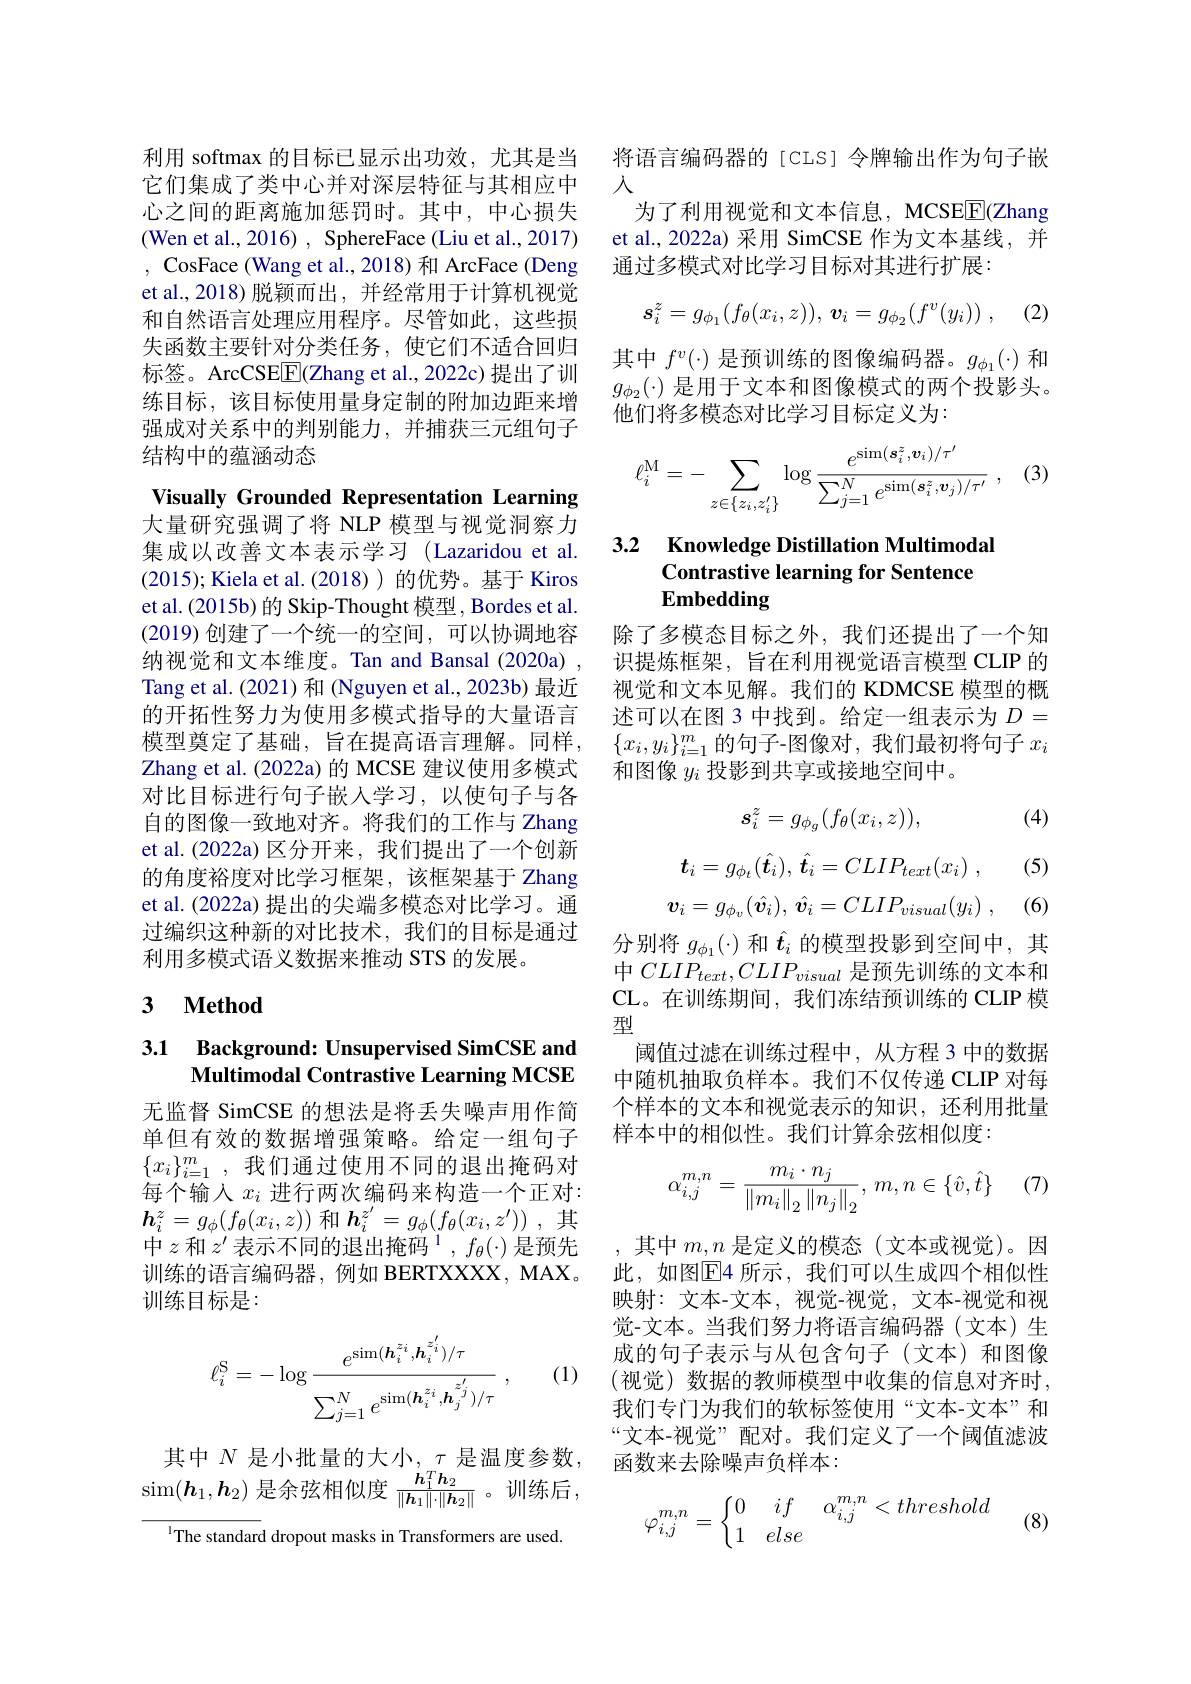
利用 softmax 的目标已显示出功效，尤其是当它们集成了类中心并对深层特征与其相应中心之间的距离施加惩罚时。其中，中心损失(Wen et al., 2016) , SphereFace (Liu et al., 2017) , CosFace (Wang et al., 2018) 和 ArcFace (Deng et al.,2018)脱颖而出，并经常用于计算机视觉和自然语言处理应用程序。尽管如此，这些损失函数主要针对分类任务，使它们不适合回归标签。ArcCSE$\boxed{\mathrm{F}}($Zhang et al.,2022c)提出了训练目标，该目标使用量身定制的附加边距来增强成对关系中的判别能力，并捕获三元组句子结构中的蕴涵动态

Visually Grounded Representation Learning 大量研究强调了将 NLP 模型与视觉洞察力集成以改善文本表示学习 (Lazaridou et al. (2015);Kiela et al.(2018) )的优势。基于 Kiros et al. (2015b) 的 Skip-Thought 模型，Bordes et al. (2019)创建了一个统一的空间，可以协调地容纳视觉和文本维度。Tan and Bansal (2020a) , Tang et al. (2021) 和 (Nguyen et al., 2023b) 最近的开拓性努力为使用多模式指导的大量语言模型奠定了基础，旨在提高语言理解。同样， Zhang et al. (2022a) 的 MCSE 建议使用多模式对比目标进行句子嵌入学习，以使句子与各自的图像一致地对齐。将我们的工作与 Zhang et al.(2022a) 区分开来，我们提出了一个创新的角度裕度对比学习框架，该框架基于 Zhang et al. (2022a) 提出的尖端多模态对比学习。通过编织这种新的对比技术，我们的目标是通过利用多模式语义数据来推动 STS 的发展。

## 3 $\textbf{Method}$

## 3.1 Background: Unsupervised SimCSE and Multimodal Contrastive Learning MCSE

无监督 SimCSE 的想法是将丢失噪声用作简单但有效的数据增强策略。给定一组句子$\{x_i\}_{i=1}^m$,我们通过使用不同的退出掩码对每个输入$x_i$进行两次编码来构造一个正对： $\boldsymbol{h}_i^z=g_\phi(f_\theta(x_i,z))$和$\boldsymbol{h}_i^z^{\prime}=g_\phi(f_\theta(x_i,z^{\prime}))$ ,其中$z$和$z^\prime$表示不同的退出掩码$^1,f_\theta(\cdot)$是预先训练的语言编码器，例如 BERTXXXX, MAX。训练目标是：

(1)
$$\ell_i^\mathrm{S}=-\log\frac{e^{\sin(\boldsymbol{h}_i^{z_i},\boldsymbol{h}_i^{z_i^{\prime}})/\tau}}{\sum_{j=1}^Ne^{\sin(\boldsymbol{h}_i^{z_i},\boldsymbol{h}_j^{z_j^{\prime}})/\tau}}\:,$$
其中 $N$ 是小批量的大小$,\tau$ 是温度参数， $\sin(\boldsymbol{h}_1,\boldsymbol{h}_2)$是余弦相似度$\frac{\boldsymbol{h}_1^T\boldsymbol{h}_2}{\|\boldsymbol{h}_1\|\cdot\|\boldsymbol{h}_2\|}$ 。训练后

$^{1}$The standard dropout masks in Transformers are used.

将语言编码器的[CLS]令牌输出作为句子嵌
入
为了利用视觉和文本信息，MCSE$\boxed{\mathrm{F}}$(Zhang et al., 2022a) 采用 SimCSE 作为文本基线，并通过多模式对比学习目标对其进行扩展：
$$s_i^z=g_{\phi_1}(f_\theta(x_i,z)),\:\boldsymbol{v}_i=g_{\phi_2}(f^v(y_i))\:,$$
其中$f^v(\cdot)$是预训练的图像编码器。$g_\phi_1(\cdot)$和$g_{\phi_2}(\cdot)$是用于文本和图像模式的两个投影头。他们将多模态对比学习目标定义为：
$$\ell_{i}^{\mathrm{M}}=-\sum_{z\in\{z_{i},z_{i}'\}}\log\frac{e^{\sin(\boldsymbol{s}_{i}^{z},\boldsymbol{v}_{i})/\tau'}}{\sum_{j=1}^{N}e^{\sin(\boldsymbol{s}_{i}^{z},\boldsymbol{v}_{j})/\tau'}}\:,$$
### 3.2 Knowledge Distillation Multimoda Contrastive learning for Sentence Embedding

除了多模态目标之外，我们还提出了一个知识提炼框架，旨在利用视觉语言模型 CLIP 的视觉和文本见解。我们的 KDMCSE 模型的概述可以在图 3 中找到。给定一组表示为$D=$ $\{x_i,y_i\}_{i=1}^m$的句子-图像对，我们最初将句子$x_i$ 和图像$y_i$投影到共享或接地空间中。

(4)
$$s_i^z=g_{\phi_g}(f_\theta(x_i,z)),$$
$$\boldsymbol{t}_i=g_{\phi_t}(\hat{\boldsymbol{t}}_i),\:\hat{\boldsymbol{t}}_i=CLIP_{text}(x_i)\:,$$
$$\boldsymbol{v}_{i}=g_{\phi_{v}}(\hat{\boldsymbol{v}_{i}}),\:\hat{\boldsymbol{v}_{i}}=CLIP_{visual}(y_{i})$$
(5)

(6)

分别将$g_{\phi_1}(\cdot)$和$\hat{\boldsymbol{t}}_i$的模型投影到空间中，其中$CLIP_{text},CLIP_{visual}$是预先训练的文本和CL。在训练期间，我们冻结预训练的 CLIP 模型
阈值过滤在训练过程中，从方程 3 中的数据中随机抽取负样本。我们不仅传递 CLIP 对每个样本的文本和视觉表示的知识，还利用批量样本中的相似性。我们计算余弦相似度：
$$\alpha_{i,j}^{m,n}=\frac{m_i\cdot n_j}{\left\|m_i\right\|_2\left\|n_j\right\|_2},\:m,n\in\{\hat{v},\hat{t}\}\quad(7$$
其中$m,n$是定义的模态(文本或视觉)。因此，如图$\overline{\mathrm{E}}$4 所示，我们可以生成四个相似性映射：文本-文本，视觉-视觉，文本-视觉和视觉-文本。当我们努力将语言编码器(文本)生成的句子表示与从包含句子(文本)和图像(视觉)数据的教师模型中收集的信息对齐时， 我们专门为我们的软标签使用“文本-文本”和“文本-视觉”配对。我们定义了一个阈值滤波函数来去除噪声负样本：

(8)
$$\varphi_{i,j}^{m,n}=\left\{\begin{matrix}0&if&\alpha_{i,j}^{m,n}<threshold\\1&else\end{matrix}\right.$$